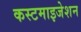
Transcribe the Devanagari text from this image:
कस्टमाइजेशन